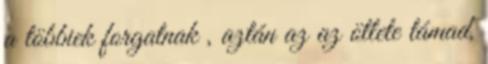
a többiek forgatnak , aztán az az ötlete támad,